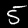
Label: 5